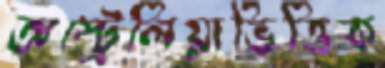
অস্ট্রেলিয়াভিত্তিক